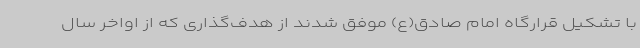
با تشکیل قرارگاه امام صادق(ع) موفق شدند از هدف‌گذاری که از اواخر سال